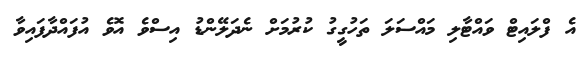
އެ ފްލައިޓް ވައްޓާލި މައްސަލަ ތަހުގީގު ކުރުމަށް ނެދަލޭންޑު އިސްވެ އޮވެ އުފައްދާފައިވާ